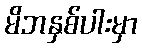
မိဘနှစ်ပါးမှာ